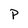
Character: P